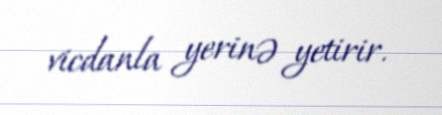
vicdanla yerinə yetirir.